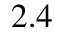
2 . 4